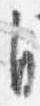
自